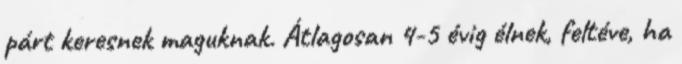
párt keresnek maguknak. Átlagosan 4-5 évig élnek, feltéve, ha